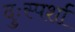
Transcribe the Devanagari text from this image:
दुःस्पर्शा